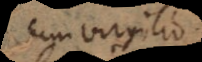
cum Virgilio